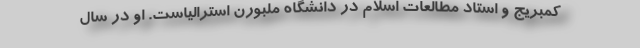
کمبریج و استاد مطالعات اسلام در دانشگاه ملبورن استرالیاست. او در سال